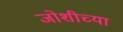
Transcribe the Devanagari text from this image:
जोशीच्या